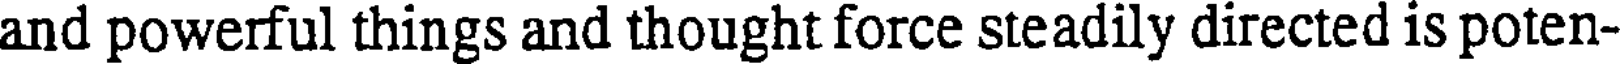
and powerful things and thought force steadily directed is poten-